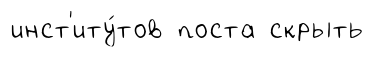
инст'иту́тов поста скрыть